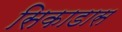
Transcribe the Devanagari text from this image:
सिकाडास